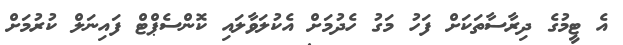
އެ ޓީމުގެ ދިރާސާތަކަށް ފަހު މަގު ހެދުމަށް އެކުލަވާލައި ކޮންސެޕްޓް ފައިނަލް ކުރުމަށް